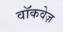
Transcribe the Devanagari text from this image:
वॉकवेज़